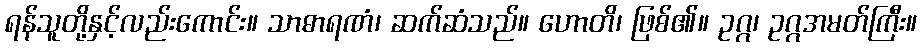
ရန်သူတို့နှင့်လည်းကောင်း။ သာဓာရဏံ၊ ဆက်ဆံသည်။ ဟောတိ၊ ဖြစ်၏။ ဥဂ္ဂ၊ ဥဂ္ဂအမတ်ကြီး။